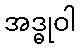
အဒ္ဓုဝါ